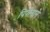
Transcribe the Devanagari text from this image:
पिपीनाने